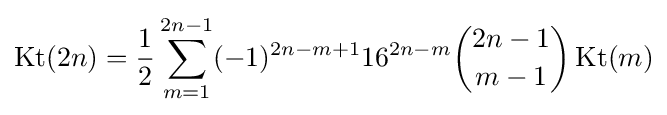
\operatorname {Kt} (2n)={\frac {1}{2}}\sum _{m=1}^{2n-1}(-1)^{2n-m+1}16^{2n-m}{\binom {2n-1}{m-1}}\operatorname {Kt} (m)